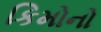
કિમોનો